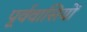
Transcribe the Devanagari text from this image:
पूर्ववासियों